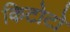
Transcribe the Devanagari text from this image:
किटोटो